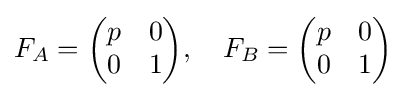
F_{A}={\begin{pmatrix}p&0\\0&1\end{pmatrix}},\quad F_{B}={\begin{pmatrix}p&0\\0&1\end{pmatrix}}